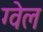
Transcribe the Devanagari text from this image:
ग्वेल